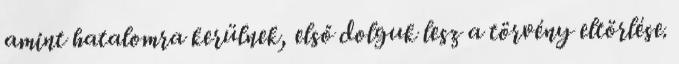
amint hatalomra kerülnek, első dolguk lesz a törvény eltörlése.